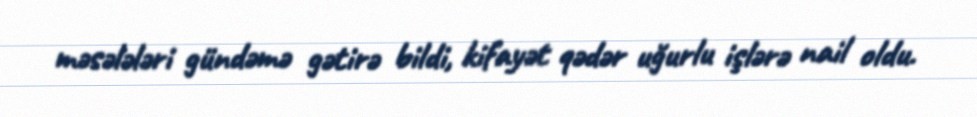
məsələləri gündəmə gətirə bildi, kifayət qədər uğurlu işlərə nail oldu.